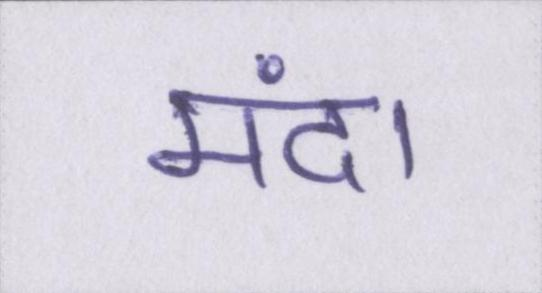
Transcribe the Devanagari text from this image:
मंदा